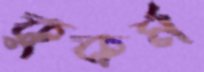
কুকর্ম